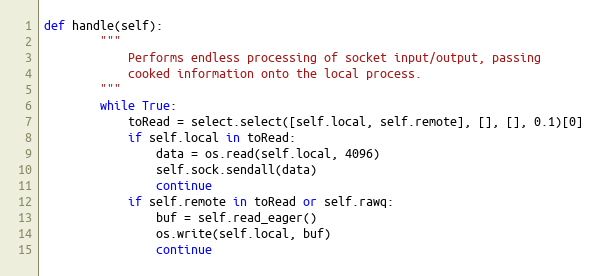
Language: Python
def handle(self):
        """
            Performs endless processing of socket input/output, passing
            cooked information onto the local process.
        """
        while True:
            toRead = select.select([self.local, self.remote], [], [], 0.1)[0]
            if self.local in toRead:
                data = os.read(self.local, 4096)
                self.sock.sendall(data)
                continue
            if self.remote in toRead or self.rawq:
                buf = self.read_eager()
                os.write(self.local, buf)
                continue